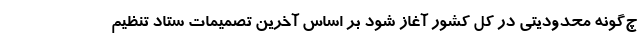
چ‌گونه محدودیتی در کل کشور آغاز شود بر اساس آخرین تصمیمات ستاد تنظیم